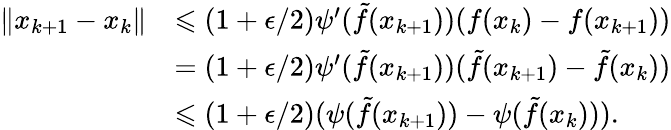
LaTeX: \begin{array}{rl}{\| x_{k+1}-x_{k}\| }&{\leqslant(1+\epsilon/2)\psi^{\prime}(\tilde{f}(x_{k+1}))(f(x_{k})-f(x_{k+1}))}\\ &{=(1+\epsilon/2)\psi^{\prime}(\tilde{f}(x_{k+1}))(\tilde{f}(x_{k+1})-\tilde{f}(x_{k}))}\\ &{\leqslant(1+\epsilon/2)(\psi(\tilde{f}(x_{k+1}))-\psi(\tilde{f}(x_{k}))).}\end{array}